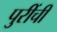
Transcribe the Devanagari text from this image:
पुरींची